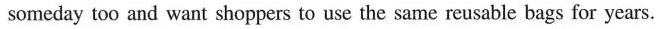
someday too and want shoppers to use the same reusable bags for years.